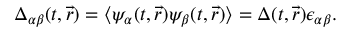
\Delta _ { \alpha \beta } ( t , \vec { r } ) = \langle \psi _ { \alpha } ( t , \vec { r } ) \psi _ { \beta } ( t , \vec { r } ) \rangle = \Delta ( t , \vec { r } ) \epsilon _ { \alpha \beta } .